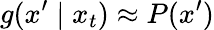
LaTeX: g(x^{\prime}\mid x_{t})\approx P(x^{\prime})